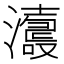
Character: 𤃕